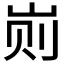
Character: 𰎖